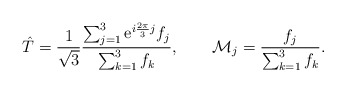
\begin{align*}\hat T = {1 \over \sqrt{3}}{\sum_{j=1}^3 {\rm e}^{i{2\pi \over 3}j}f_j \over \sum_{k=1}^3 f_k}, \qquad {\cal M}_j = {f_j \over \sum_{k=1}^3 f_k}. \end{align*}